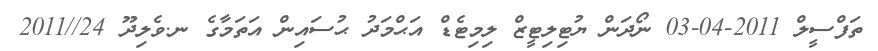
ތަފްސީލް 2011-04-03 ނޯދަން ޔުޓިލިޓީޒް ލިމިޓެޑް އަޙްމަދު ޙުސައިން އަތަމާގެ ނ.ވެލިދޫ 24//2011